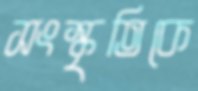
সংস্কৃতিকে